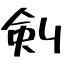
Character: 剣